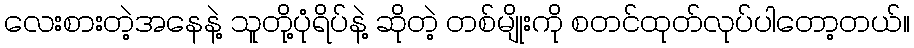
လေးစားတဲ့အနေနဲ့ သူတို့ပုံရိပ်နဲ့ ဆိုတဲ့ တစ်မျိုးကို စတင်ထုတ်လုပ်ပါတော့တယ်။